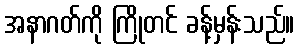
အနာဂတ်ကို ကြိုတင် ခန့်မှန်းသည်။